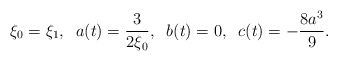
\begin{align*}\xi_{0} = \xi_{1}, \; \; a(t)=\frac{3}{2 \xi_{0}}, \; \; b(t) = 0, \; \; c(t) = - \frac{8a^{3}}{9}. \end{align*}